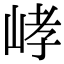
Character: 𡷸